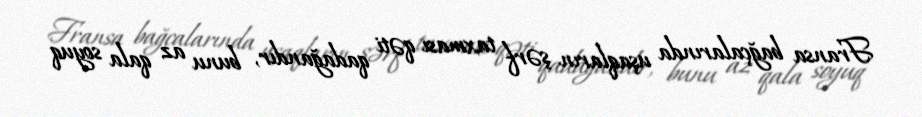
Fransa bağçalarında uşaqların şərf taxması qəti qadağandır, bunu az qala soyuq